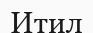
Итил